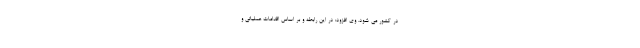
در کشور می شود. وی افزود: در این رابطه و بر اساس اقدامات عملیاتی و